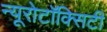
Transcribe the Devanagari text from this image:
न्यूरोटॉक्सिटी